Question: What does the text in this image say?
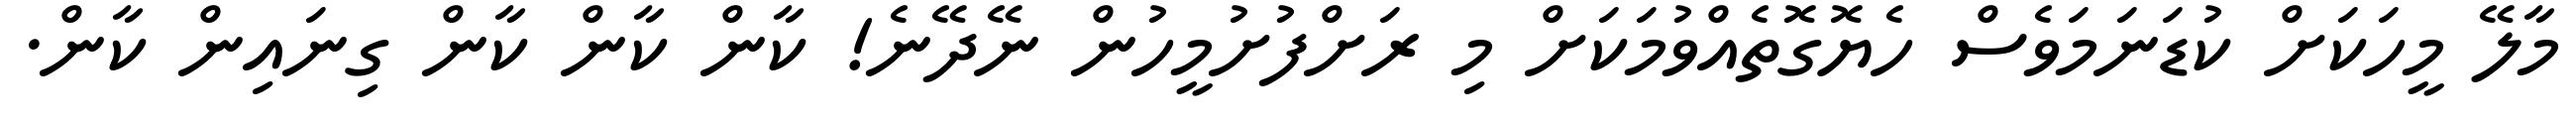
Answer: މާލޭ މީހަކަށް ކުޑަނަމަވެސް ހެޔޮގޮތެއްވުމަކަށް މި ރަށްފުށުމީހުން ނޭދޭނެ! ކާން ކާން ކާން ގިނައިން ކާން.